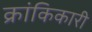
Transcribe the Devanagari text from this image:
क्रांकिकारी